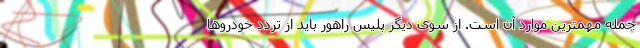
جمله مهمترین موارد آن است. از سوی دیگر پلیس راهور باید از تردد خودروها